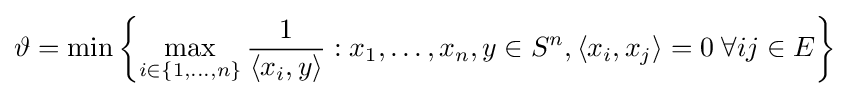
\vartheta =\min \left\{\max _{i\in \{1,\ldots ,n\}}{\frac {1}{\langle x_{i},y\rangle }}:x_{1},\ldots ,x_{n},y\in S^{n},\left\langle x_{i},x_{j}\right\rangle =0\;\forall ij\in E\right\}